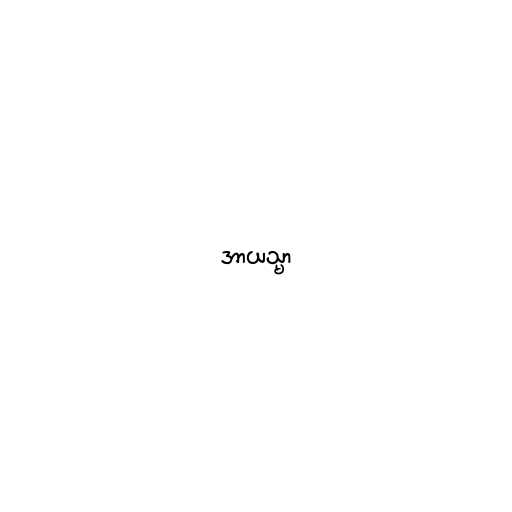
အာယသ္မာ